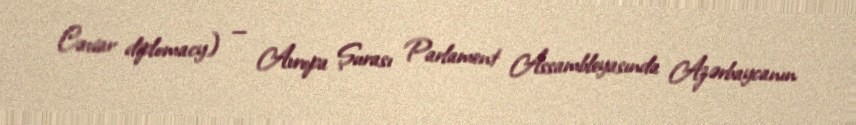
Caviar diplomacy) — Avropa Şurası Parlament Assambleyasında Azərbaycanın